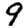
Digit: 9